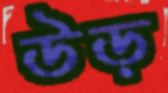
উড়